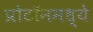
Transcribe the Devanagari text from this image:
प्रोटॉनमध्ये